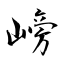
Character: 嵭